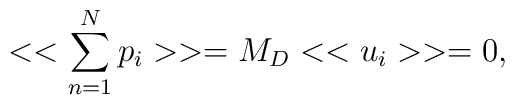
<< \sum_{n=1}^{N} p_i >>= M_D <<u_i>>=0,